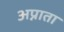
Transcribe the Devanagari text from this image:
अप्नाता